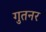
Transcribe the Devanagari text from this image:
गुतनर